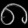
Digit: ၈